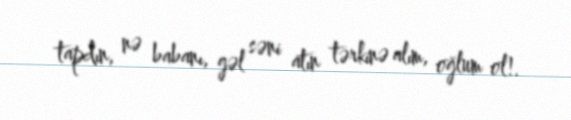
tapdın, nə babanı, gəl səni atın tərkinə alım, oğlum ol!.